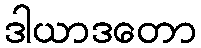
ဒါယာဒတော